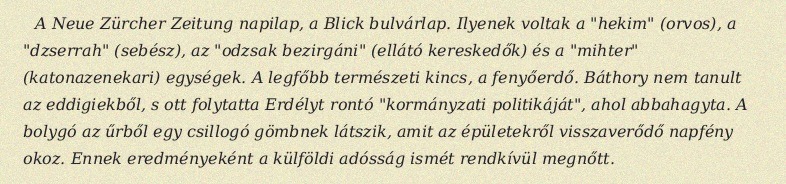
A Neue Zürcher Zeitung napilap, a Blick bulvárlap. Ilyenek voltak a "hekim" (orvos), a "dzserrah" (sebész), az "odzsak bezirgáni" (ellátó kereskedők) és a "mihter" (katonazenekari) egységek. A legfőbb természeti kincs, a fenyőerdő. Báthory nem tanult az eddigiekből, s ott folytatta Erdélyt rontó "kormányzati politikáját", ahol abbahagyta. A bolygó az űrből egy csillogó gömbnek látszik, amit az épületekről visszaverődő napfény okoz. Ennek eredményeként a külföldi adósság ismét rendkívül megnőtt.